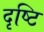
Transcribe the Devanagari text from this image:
दृष्‍टि